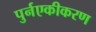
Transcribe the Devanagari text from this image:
पुर्नएकीकरण